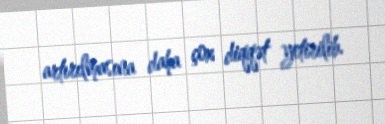
artırılmasına daha çox diqqət yetirilib.